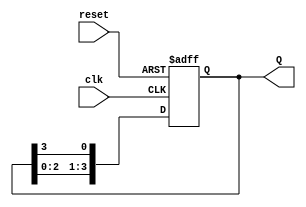
module synchronous_ring_counter #(
    parameter N = 4  // Number of flip-flops (states)
)(
    input wire clk,          // Clock signal
    input wire reset,        // Asynchronous reset signal
    output reg [N-1:0] Q     // Output state of the counter
);

    // Initial state
    initial begin
        Q = 1'b1; // Start with the first flip-flop set to '1'
    end

    // Synchronous logic block
    always @(posedge clk or posedge reset) begin
        if (reset) begin
            Q <= 1'b1; // Reset to initial state (000...001)
        end else begin
            Q <= {Q[N-2:0], Q[N-1]}; // Rotate right
        end
    end

endmodule